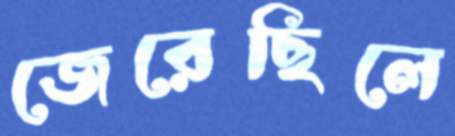
জেরেছিলে